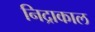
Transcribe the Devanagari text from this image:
निद्राकाल